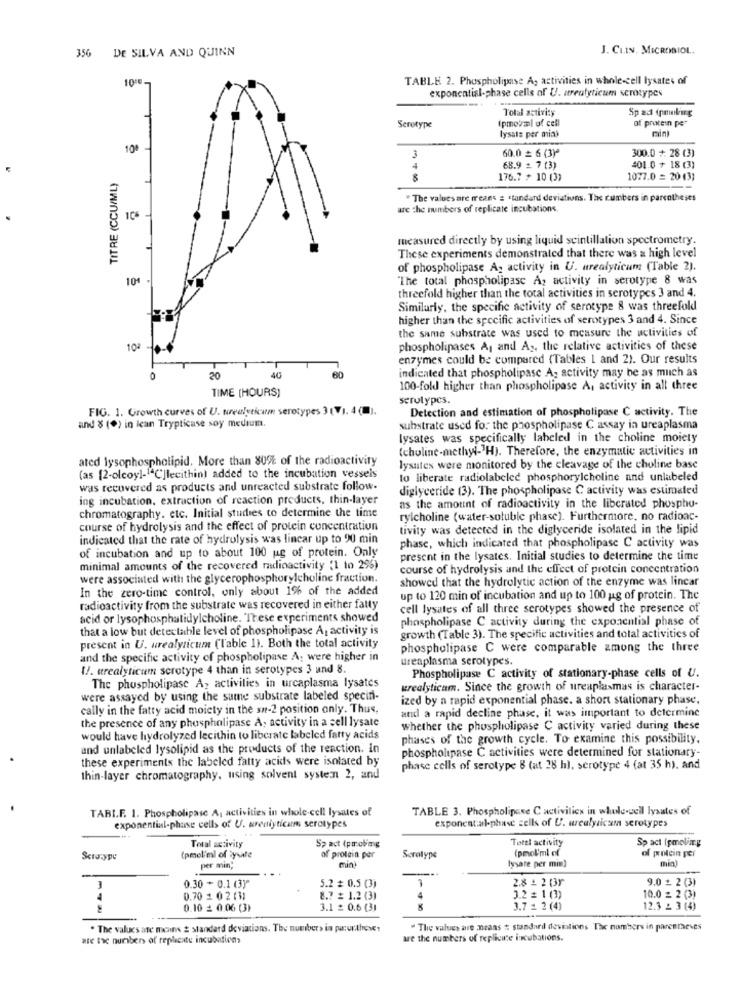
356
DE SILVA AND QUINN
J. CLIN. MICROBIOL.
1010-
TABLE 2. Phospholipase A, activities in whole-cell lysates of
exponential-phase cells of U. atreatyticum serotypes
Total activity
Sp ad inmaking
Ipmotml of cell
at protein per
Serotype
lysals per mia)
10
60.0 = 6 (3)*
300.0 + 28 (3)
3
4
68.9 + 7 (3)
401.0 + 18 (3)
TITRE (CCU/ML)
176.7 > 10 (3)
1077.0 = 20 (3)
" The values are means : standard deviations. The cumbers in parentheses
are the numbers of replicate incubations.
measured directly by using liquid scintillation spectrometry.
These experiments demonstrated that there was a high level
of phospholipase A. activity in U. urealyticum (Table 2).
10+
The total phospholipase A, activity in serotype 8 was
threefold higher than the total activities in serotypes 3 and 4.
Similarly, the specific activity of serotype 8 was threefold
higher than the specific activities of serotypes 3 and 4. Since
the same substrate was used to measure the activities of
102
phospholipases A, and As, the relative activities of these
enzymes could be compared (Tables 1 and 2). Our results
indicated that phospholipase A- activity may be as much as
20
40
60
TIME (HOURS)
100-fold higher than phospholipase A, activity in all three
serotypes.
FIG. 1. Growth curves of U. uurealyticum serotypes 3 (71. 4 (1)
Detection and estimation of phospholipase C activity. The
and 8 (*) in lean Trypticase soy medium.
substrate used for the phospholipase C assay in ureaplasma
lysates was specifically labeled in the choline moiety
(choline-methyl-TH). Therefore, the enzymatic activities in
ated lysophospholipid. More than 80% of the radioactivity
lysutes were monitored by the cleavage of the choline base
(as [2-olcoy]-1ªC]lecithin) added to the incubation vessels
to liberate radiolabeled phosphorylcholine and unlabeled
was recovered as products and unreacted substrate follow.
diglyceride (3). The phospholipase C activity was estimated
ing incubation, extraction of reaction products, thin-layer
as the amount of radioactivity in the liberated phospho-
chromatography. etc. Initial studies to determine the time
rylcholine (water-soluble phase). Furthermore, no radioac-
course of hydrolysis and the effect of protein concentration
tivity was detected in the diglyceride isolated in the lipid
indicated that the rate of hydrolysis was lincar up to 90 min
phase, which indicated that phospholipasc C activity was
of incubation and up to about 100 ug of protein. Only
present in the lysates. Initial studies to determine the time
minimal amounts of the recovered radioactivity (1 to 2%)
course of hydrolysis and the effect of protein concentration
were associated with the glycerophosphorylcholine fraction.
showed that the hydrolytic action of the enzyme was lincar
In the zero-time control, only about 1% of the added
up to 120 min of incubation and up to 100 g of protein. The
radioactivity from the substrate was recovered in either fatty
cell lysates of all three serotypes showed the presence of
acid or lysophosphatidylcholine. These experiments showed
phospholipase C activity during the exponential phase of
that a low but detectable level of phospholipase A, activity is
growth (Table 3). The specific activities and total activities of
present in U. urealyticum (Table 1). Both the total activity
phospholipase C were comparable among the three
and the specific activity of phospholipase A; were higher in
ureaplasma serotypes.
U. urealyticum scrotype 4 than in serotypes 3 and 8.
Phospholipase C activity of stationary-phase cells of U.
The phospholipase A, activities in urcaplasma lysates
wrealyticam. Since the growth of ureaplasmas is character-
were assayed by using the same substrate labeled specin-
ized by a rapid exponential phase. a short stationary phase,
cally in the fatty acid moicty in the sn-2 position only. Thus,
and a rapid decline phase, it was important to determine
the presence of any phospholipase A. activity in a sell lysate
whether the phospholipase C activity varied during these
would have hydrolyzed lecithin to liberate labeled fatty acids
phases of the growth cycle. To examine this possibility.
and unlabeled lysolipid as the products of the reaction. in
these experiments the labeled fatty acids were isolated by
phospholipase C activities were determined for stationary-
phase cells of serotype 8 (at 28 h), serotype 4 (at 35 h), and
thin-layer chromatography, using solvent systemn 2, and
TARIF. 1. Phospholipase A, activities in whole-cell lysales of
TABLE 3. Phospholipane C activities in whole-cell lysates of
exponential-phase cells of U. urediyticam serotypes
exponential-phase cells of U. wealyicum serotypes
Spact 4pmolimg
Tottl activity
Sp act ipmolin.y
Total activity
(pmol'ml of
Seratype
(pmel'ml of tysle
of protein per
Serotype
lysate per min)
of protein per
per min,
mint
5.2 # 0.5 (3)
2.8 2 2 13Y
9.0 2 2 (3)
0.30 + 0.1 (3)"
1
10.0 z 2 (3)
0.70 1 02 (1)
8 .? £ 1.2 (3)
4
3.2 = 1 (1)
0.10 = 0.06 (3)
3.1 = 0.6 (3]
3.7 1 2 (4)
12.3 2 3 (4)
. The values are means 2 standard deviations. The numbers in paul.these:
" The values are means #: standard deviations The numbers in parentheses
are tac numbers of rephente incubation>
are the numbers of replicute incubations.